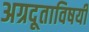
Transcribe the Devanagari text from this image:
अग्रदूताविषयी